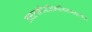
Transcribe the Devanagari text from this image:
तत्तत्पापैरतिमलिनमन्तर्मम